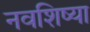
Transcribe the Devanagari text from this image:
नवशिष्या